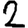
Digit: 2